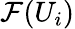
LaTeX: {\mathcal{F}}(U_{i})